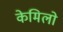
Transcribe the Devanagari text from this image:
केमिलो